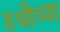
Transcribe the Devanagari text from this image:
४थीच्या